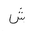
Letter: _shin